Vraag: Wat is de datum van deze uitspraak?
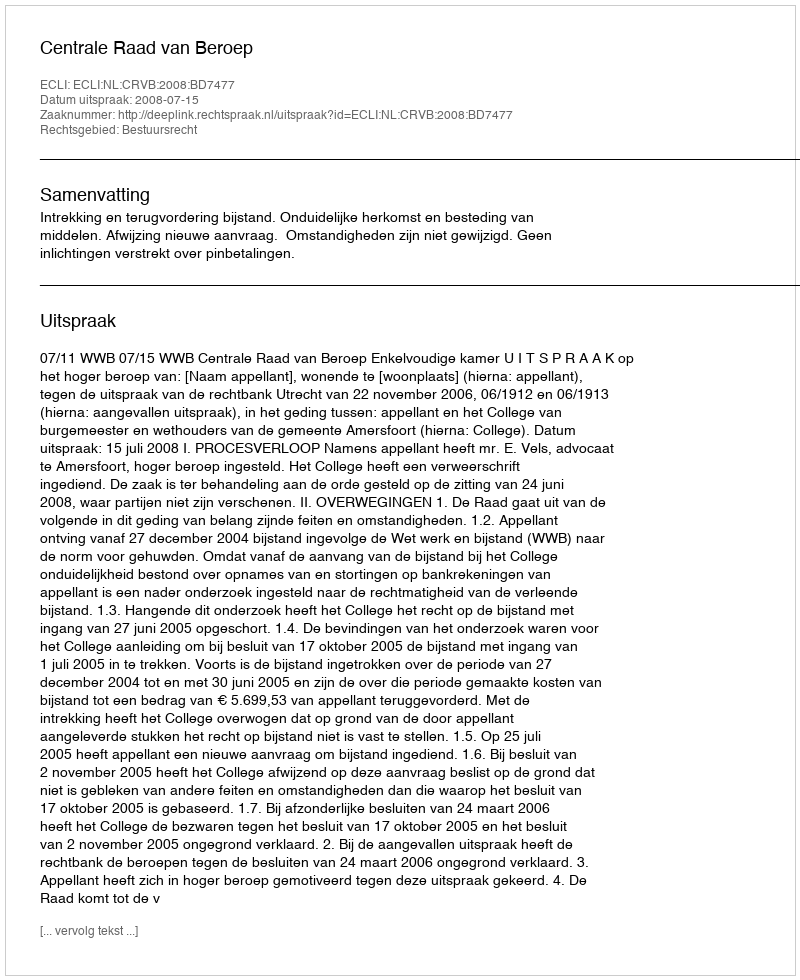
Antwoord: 2008-07-15